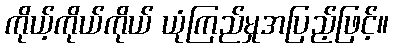
ကိုယ့်ကိုယ်ကိုယ် ယုံကြည်မှုအပြည့်ဖြင့်။